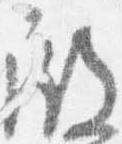
殿